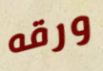
ورقه